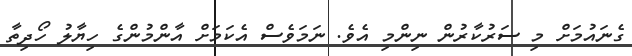
ގެނައުމަށް މި ސަރުކާރުން ނިންމި އެވެ. ނަމަވެސް އެކަމަށް އާންމުންގެ ހިޔާލު ހޯދިތާ